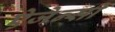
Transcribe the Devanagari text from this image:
ऐजेन्‍सी